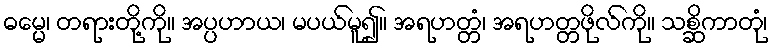
ဓမ္မေ၊ တရားတို့ကို။ အပ္ပဟာယ၊ မပယ်မူ၍။ အရဟတ္တံ၊ အရဟတ္တဖိုလ်ကို။ သစ္ဆိကာတုံ၊